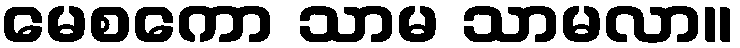
မေစကော သာမ သာမလာ။